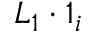
\boldsymbol { L } _ { 1 } \boldsymbol { \cdot } \boldsymbol { 1 } _ { i }